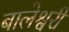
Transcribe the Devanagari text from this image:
बालेश्वरी